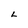
Character: L